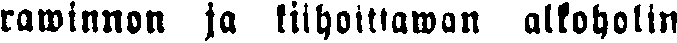
rawinnon ja kiihottawan alkoholin